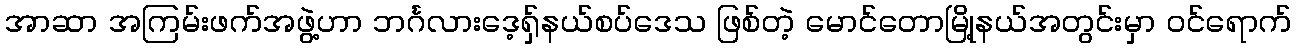
အာဆာ အကြမ်းဖက်အဖွဲ့ဟာ ဘင်္ဂလားဒေ့ရှ်နယ်စပ်ဒေသ ဖြစ်တဲ့ မောင်တောမြို့နယ်အတွင်းမှာ ဝင်ရောက်